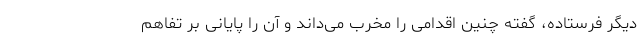
دیگر فرستاده، گفته چنین اقدامی را مخرب می‌داند و آن را پایانی بر تفاهم